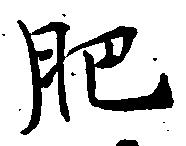
肥